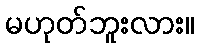
မဟုတ်ဘူးလား။